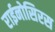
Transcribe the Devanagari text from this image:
राईनोसिरस